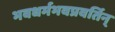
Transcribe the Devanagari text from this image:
भवधर्मभवप्रवर्तिन्